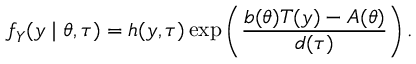
f _ { Y } ( y \mid \theta , \tau ) = h ( y , \tau ) \exp \left( { \frac { b ( \theta ) T ( y ) - A ( \theta ) } { d ( \tau ) } } \right) . \,